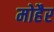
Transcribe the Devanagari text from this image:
मोहैर